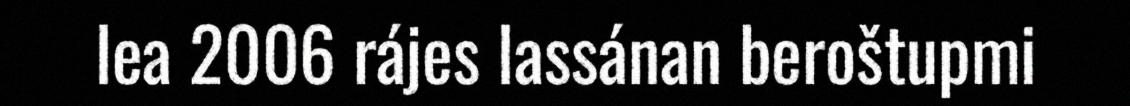
lea 2006 rájes lassánan beroštupmi